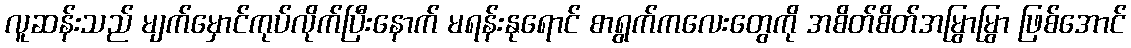
လူဆန်းသည် မျက်မှောင်ကုပ်လိုက်ပြီးနောက် မရန်းနုရောင် စာရွက်ကလေးတွေကို အစိတ်စိတ်အမြွာမြွာ ဖြစ်အောင်